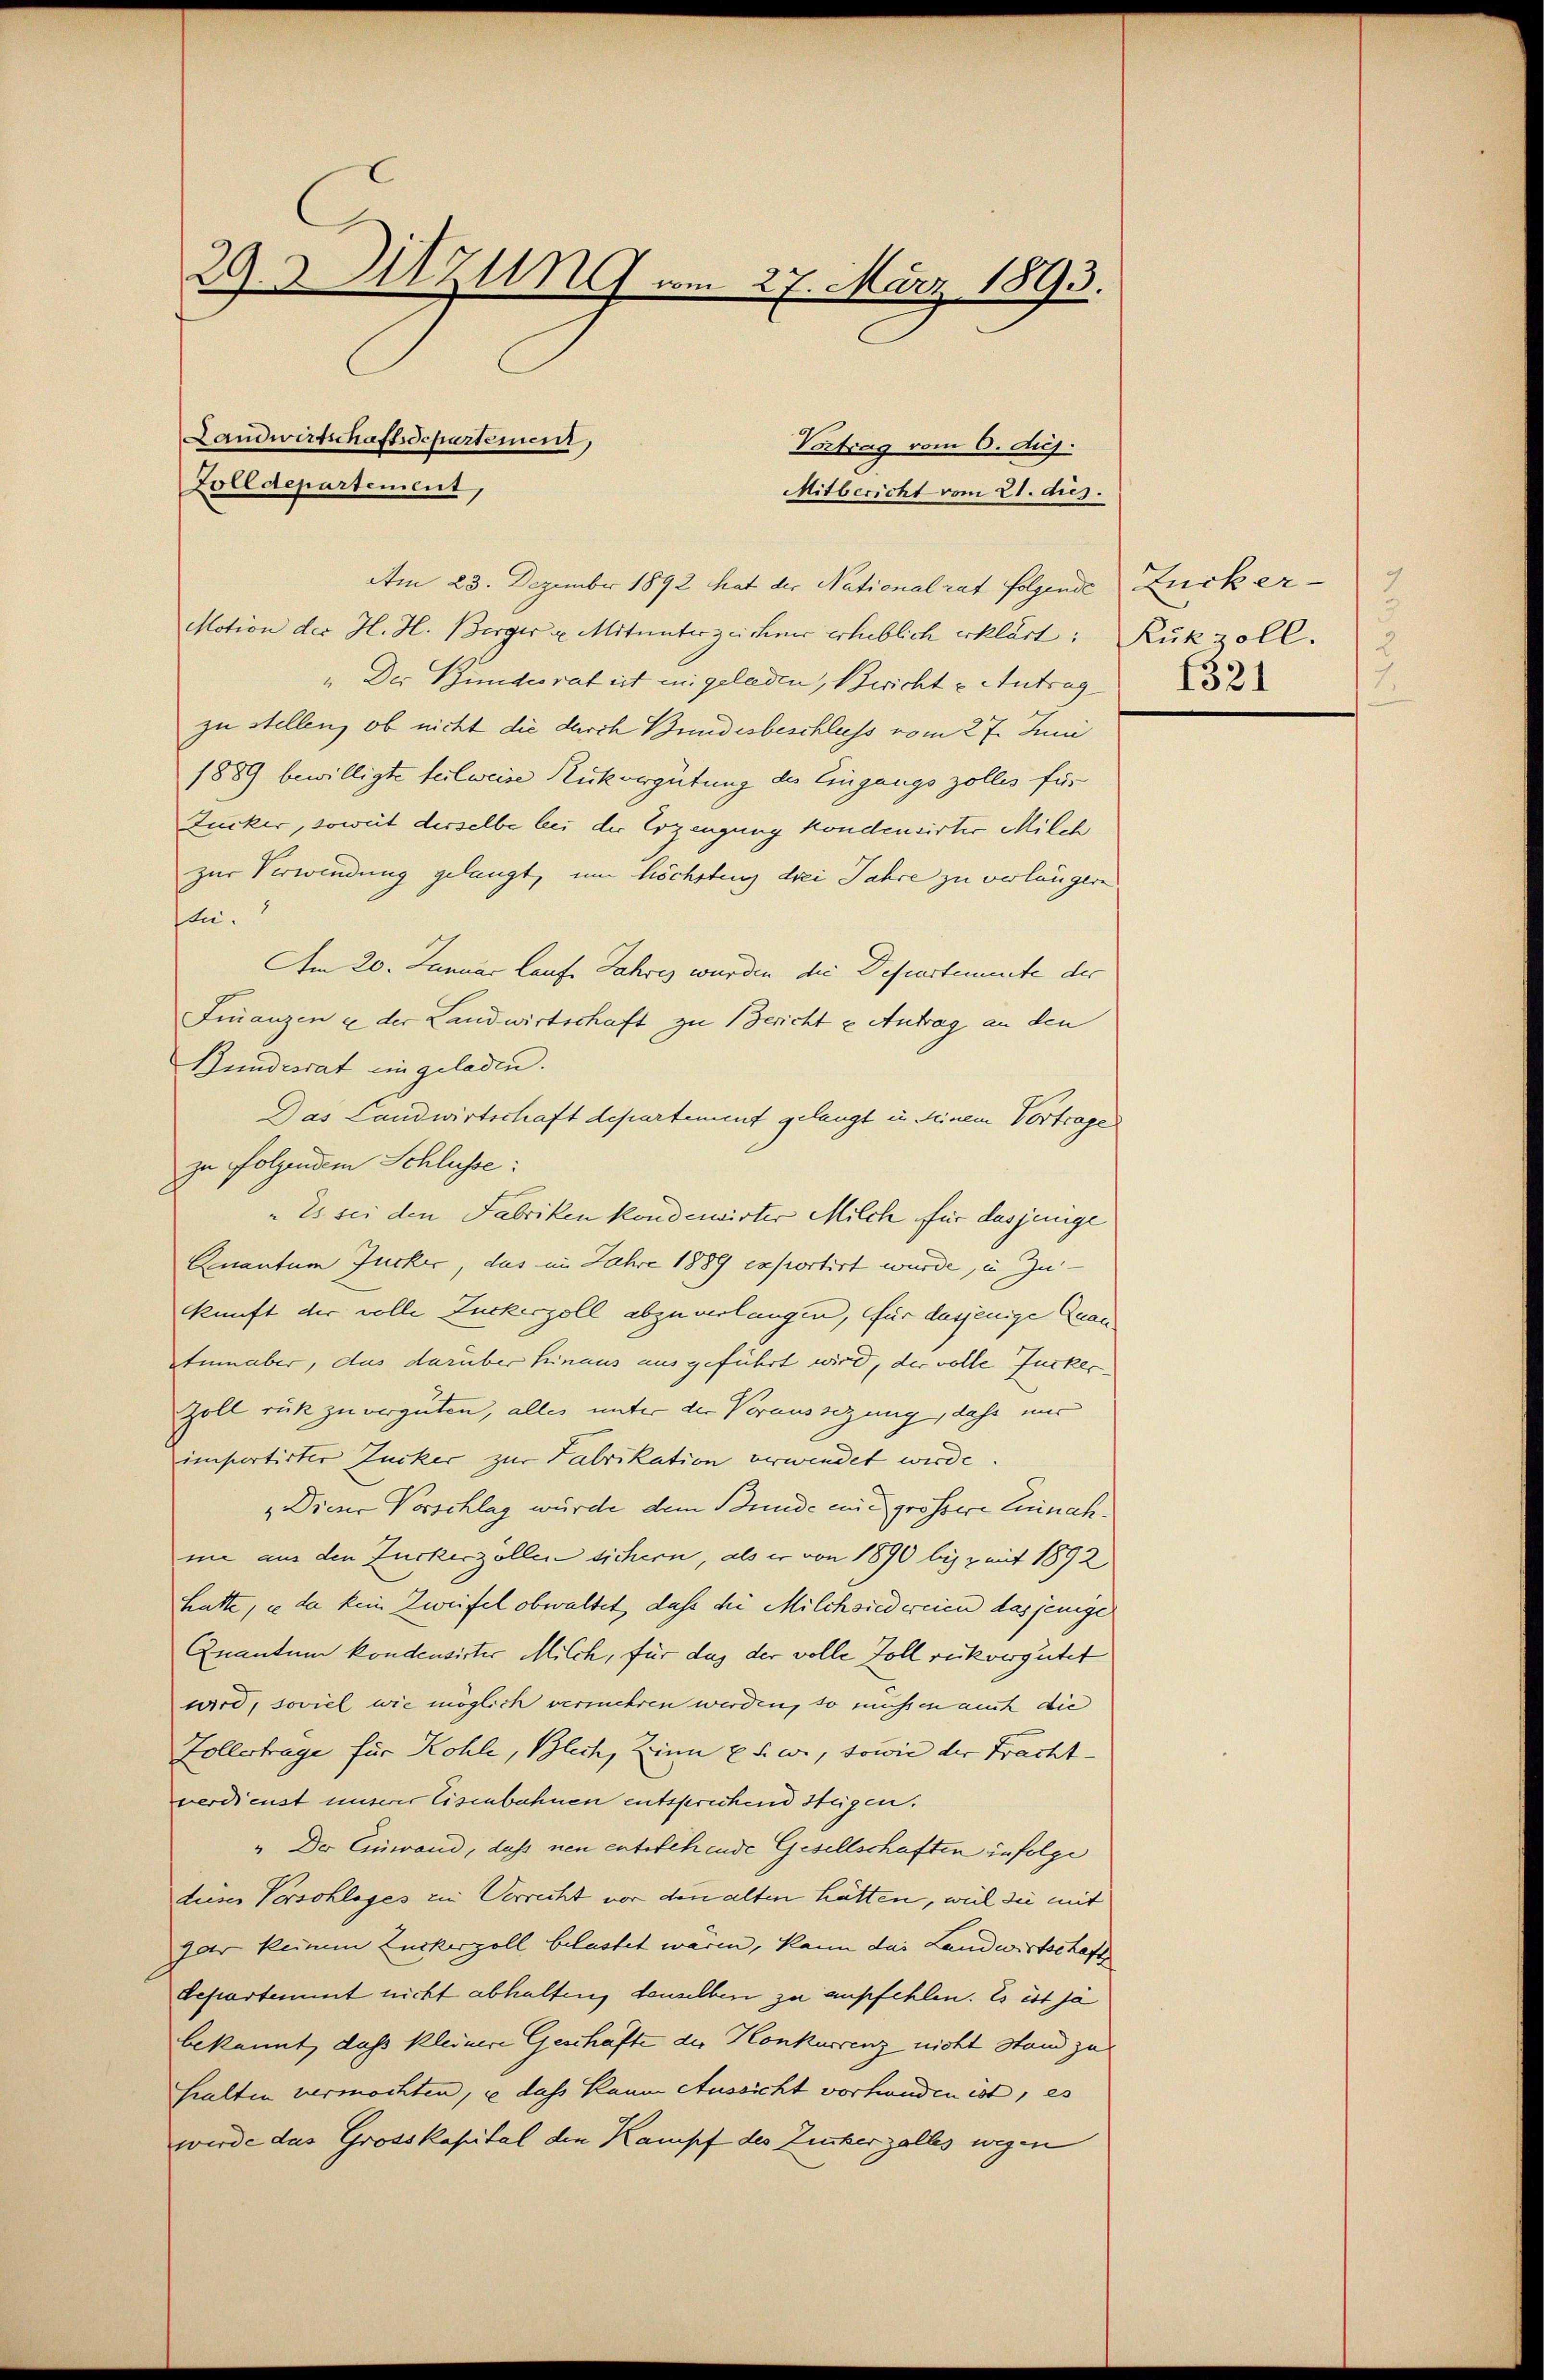
29.3 UZU vom 27. März 1893.

Landwirtschaftsschartement,
Vortrag vom 6. Aug.
Zolldepartement,
Mitbericht vom 21. dus.
Am 23. Dezember 1892 hat der Nationalrat folgende Zucker¬

Motion der H. H. Berger v. Mitunterzeichner erheblich erklärt: Rukzoll.
" Der Bundesrat ist in geladen, Bericht - Antrag
zu stellen, ob nicht die durch Bundesbeschluss vom 27. Juni
1889 bewilligte teilweise Rückvergütung des Eingangs zolles für
Zucker, soweit derselbe bei der Erzeugung kondensirter Milehe
zur Verwendung gelangt, um höchstenz drei Jahre zu verlangen
ften.
Am 20. Januar laufe Jahres wurden die Departemente der
Finanzen & der Landwirtschaft zu Berichte Antrag an den
Bundesrat eingeladen.
Das Landwirtschaft departement gelangt in deinem Vortrage
zu folgendem Schlüsse:
"Es sei den Fabriken konderirter Milch für dasjenige
Quantum Jucker, das im Jahre 1889 exportirt wurde, in Zukunft der volle Zuckerzoll abzuverlangen, für dasjenige Quan
Ain aber, das darüber hinaus ausgeführt wird, der volle Zucker
Goll rük zu vergüten, alles unter der Voraussezung, dass mir
importirter Zucker zur Fabrikation verwendet werde
„Diens Vorschlag wurde dem Bunde eine grössere Einnahmie aus den Zuckerzöllen sichern, als er von 1890 bis z mit 1892
hatte, e da kein Zweifel obwaltet, daß die Milchsiedweien dasjenige
Quantum kondensister Milch, für das der volle Zoll rückvergütet
wird, soviel wie möglich vermehren werden, so müßen auch die
Zollertrage für Kohle, Blech, Zinn u. s. w., sowie der Frachtverdienst unserer Eisenbahnen entsprechend steigen.
" Der Einwand, daß neu entsehende Gesellschaften infolge
dieses Verschlages ein Verrecht vor den alten hätten, weil sie mit
gar keinem Zuckerzoll belastet wären, kann das Landwirtschaft
departement nicht abhalten, denselben zu empfehlen. Es ist ja
bekannt, daß kleinere Geschäfte der Konkurrenz nicht stand zu
halten vermöchten, u dass kaum Aussicht vorhanden ist, es
werde das Grosskapital den Kampf des Zuckerzalles wegen

9
1321